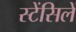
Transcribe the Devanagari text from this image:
स्टेंसिलें